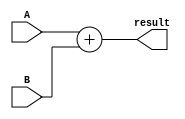
`timescale 1ns/1ps

module adderALU(
    input [31:0] A, B,
    output [31:0] result
);

assign result = A+B;

endmodule

// testbench

// `timescale 1ns/1ps

// module adderALU_tb;

//     reg [31:0] A, B;
//     wire [31:0] result;

//     adderALU adderALU_inst(
//         .A(A),
//         .B(B),
//         .result(result)
//     );

//     initial begin
//         $dumpfile("adderALU_tb.vcd");
//         $dumpvars(0, adderALU_tb);

//         A = 32'h00000001;
//         B = 32'h00000002;
//         #10;
//         A = 32'h00000020;
//         B = 32'h00000004;
//         #10;
//         $finish;
//     end

// endmodule